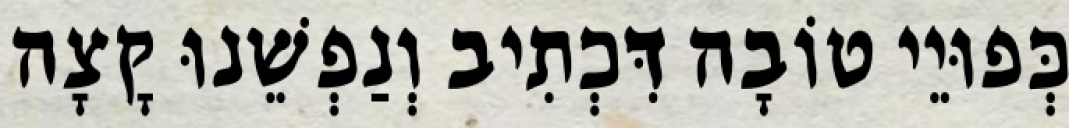
כְּפוּיֵי טוֹבָה דִּכְתִיב וְנַפְשֵׁנוּ קָצָה